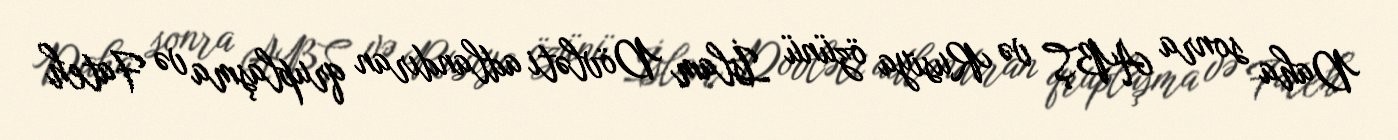
Daha sonra ABŞ və Rusiya özünü İslam Dövləti adlandıran qruplaşma və Fateh